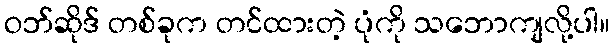
ဝဘ်ဆိုဒ် တစ်ခုက တင်ထားတဲ့ ပုံကို သဘောကျလို့ပါ။